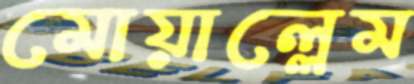
মোয়াল্লেম